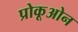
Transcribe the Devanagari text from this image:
प्रोकूओन